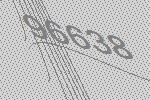
96638